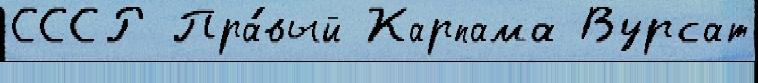
СССР Пра́вый Карпама Вурсат